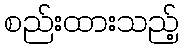
စည်းထားသည့်